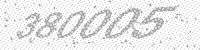
Solution: 380005